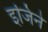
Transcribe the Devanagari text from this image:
इजिने